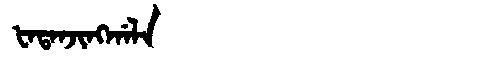
Manchu: ᡶᠠᡨᠠᠨᠵᡳᠩᡤᠠᠯᠠ
Romanization: FATANJINGGALA